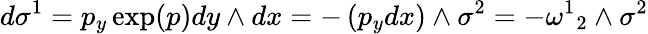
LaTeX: d\sigma^{1}=p_{y}\exp(p)dy\wedge dx=-\left(p_{y}dx\right)\wedge\sigma^{2}=-{\omega^{1}}_{2}\wedge\sigma^{2}